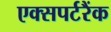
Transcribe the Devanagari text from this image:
एक्सपर्टरैंक